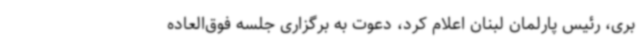
بری، رئیس پارلمان لبنان اعلام کرد، دعوت به برگزاری جلسه فوق‌العاده